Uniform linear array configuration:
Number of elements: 32
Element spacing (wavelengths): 1
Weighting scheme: uniform
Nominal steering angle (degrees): -15
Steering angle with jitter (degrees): -16.554
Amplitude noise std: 0.05
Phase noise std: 0.05

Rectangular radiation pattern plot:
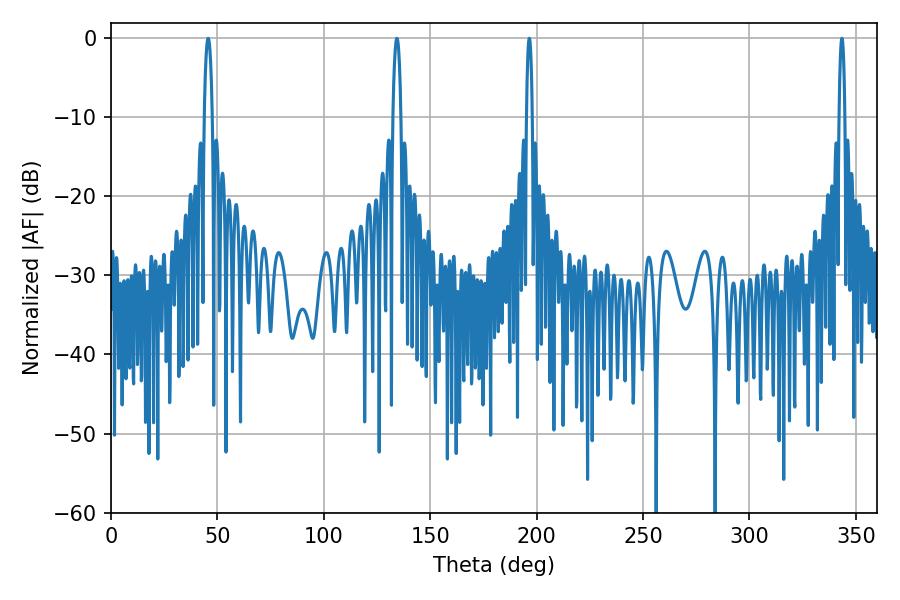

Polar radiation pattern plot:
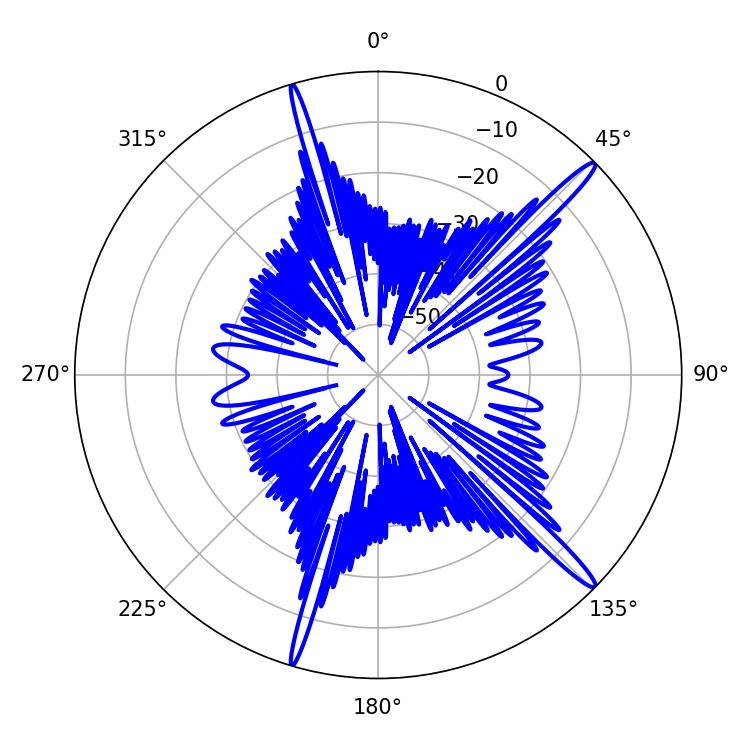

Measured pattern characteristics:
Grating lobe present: TRUE
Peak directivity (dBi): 16.479
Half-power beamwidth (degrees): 1.44
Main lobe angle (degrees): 196.56